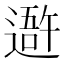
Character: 𨖍